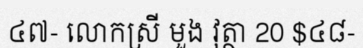
៤៧- លោកស្រី មួង វុត្ថា 20 $៤៨-